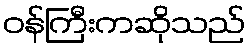
ဝန်ကြီးကဆိုသည်